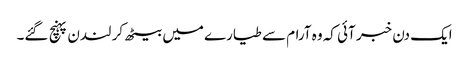
ایک دن خبر آئی کہ وہ آرام سے طیارے میں بیٹھ کر لندن پہنچ گئے۔